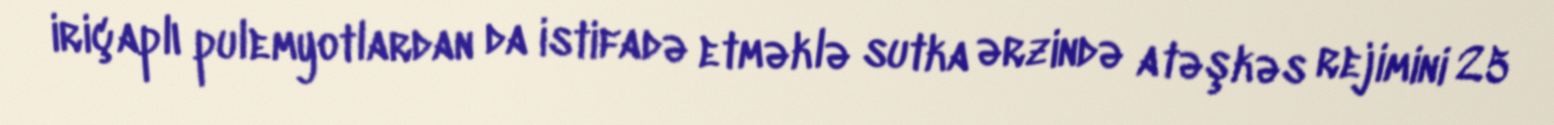
iriçaplı pulemyotlardan da istifadə etməklə sutka ərzində atəşkəs rejimini 25